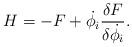
LaTeX: \begin{align*}H = -F + \dot{\phi_i}{\delta F \over \delta \dot{\phi_i}}.\end{align*}